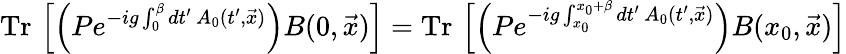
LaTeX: \mathrm{Tr}\, \left[\left(Pe^{-ig\int_{0}^{\beta}dt^{\prime}\, A_{0}(t^{\prime},\vec{x})}\right)B(0,\vec{x})\right]=\mathrm{Tr}\, \left[\left(Pe^{-ig\int_{x_{0}}^{x_{0}+\beta}dt^{\prime}\, A_{0}(t^{\prime},\vec{x})}\right)B(x_{0},\vec{x})\right]